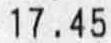
17.45